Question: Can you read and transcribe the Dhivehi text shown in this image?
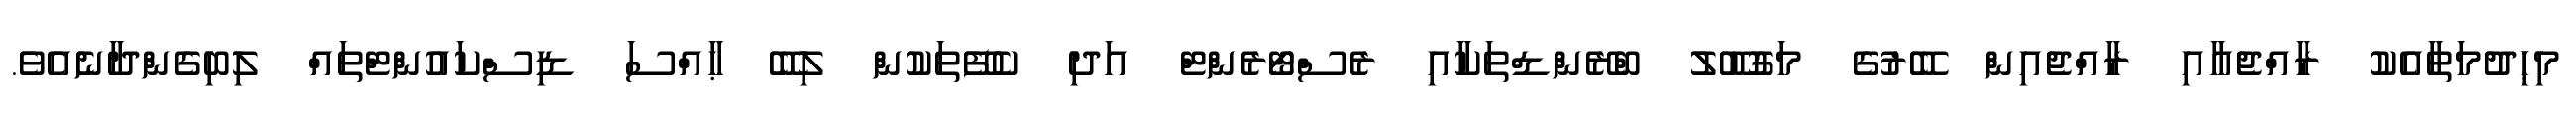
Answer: މިޙިދުމަތާއެކު ރާއްޖެއާއި ރާއްޖެއިން ބޭރުގެ މަގުބޫލު ބްރޭންޑްތަކާއި ރެސްޓޯރެންޓް އަދި ކެފޭތަކުން ލިބޭ ޙާއްސަ ޑިސްކައުންޓްތައް ލިބިގެންދާނެއެވެ.